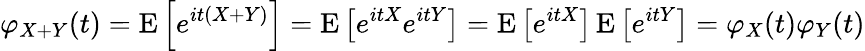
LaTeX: \varphi_{X+Y}(t)=\operatorname{E}\left[e^{it(X+Y)}\right]=\operatorname{E}\left[e^{itX}e^{itY}\right]=\operatorname{E}\left[e^{itX}\right]\operatorname{E}\left[e^{itY}\right]=\varphi_{X}(t)\varphi_{Y}(t)